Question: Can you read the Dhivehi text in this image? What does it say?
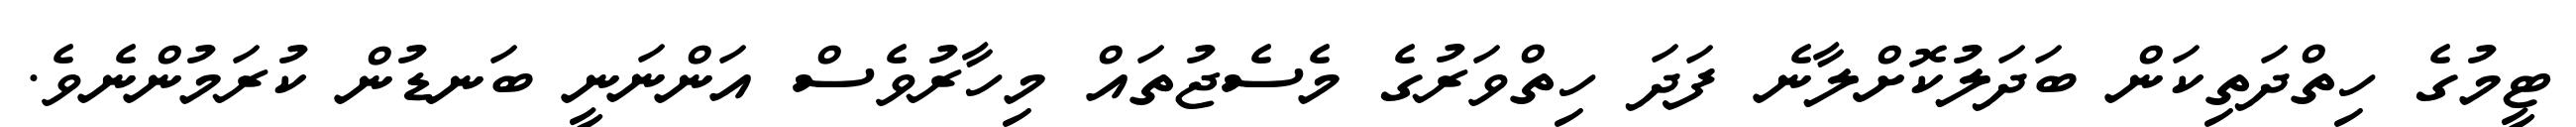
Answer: ޓީމުގެ ހިތްދަތިކަން ބަދަލުކޮށްލާނެ ފަދަ ހިތްވަރުގެ މެސެޖުތައް މިހާރުވެސް އަންނަނީ ބަނޑުން ކުރަމުންނެވެ.